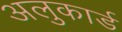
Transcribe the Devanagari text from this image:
अलुकार्ड